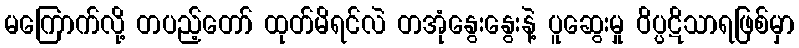
မကြောက်လို့ တပည့်တော် ထုတ်မိရင်လဲ တအုံနွေးနွေးနဲ့ ပူဆွေးမှု ဝိပ္ပဋိသာရဖြစ်မှာ